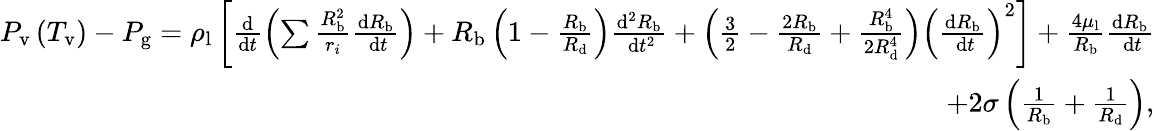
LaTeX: \begin{array}{r}{P_{\mathrm{v}}\left(T_{\mathrm{v}}\right)-P_{\mathrm{g}}=\rho_{\mathrm{l}}\left[\frac{\mathrm{d}}{\mathrm{d}t}\left(\sum\frac{R_{\mathrm{b}}^{2}}{r_{i}}\frac{\mathrm{d}R_{\mathrm{b}}}{\mathrm{~d}t}\right)+R_{\mathrm{b}}\left(1-\frac{R_{\mathrm{b}}}{R_{\mathrm{d}}}\right)\frac{\mathrm{d}^{2}R_{\mathrm{b}}}{\mathrm{~d}t^{2}}+\left(\frac{3}{2}-\frac{2R_{\mathrm{b}}}{R_{\mathrm{d}}}+\frac{R_{\mathrm{b}}^{4}}{2R_{\mathrm{d}}^{4}}\right)\left(\frac{\mathrm{d}R_{\mathrm{b}}}{\mathrm{~d}t}\right)^{2}\right]+\frac{4\mu_{\mathrm{l}}}{R_{\mathrm{b}}}\frac{\mathrm{d}R_{\mathrm{b}}}{\mathrm{~d}t}}\\ {+2\sigma\left(\frac{1}{R_{\mathrm{b}}}+\frac{1}{R_{\mathrm{d}}}\right),}\end{array}